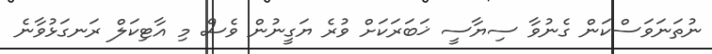
ނުތަނަވަސްކަން ގެނުވާ ސިޔާސީ ޚަބަރަކަށް ވުރެ ޔަގީނުން ވެސް މި އާޓިކަލް ރަނގަޅުވާނެ